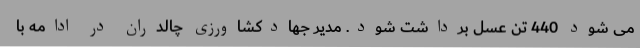
می شود 440 تن عسل برداشت شود. مدیر جهادکشاورزی چالدران در ادامه با